Notes on vaccination in the North-West Frontier Province 1923-1928 - 1923-1928
Year: 1923
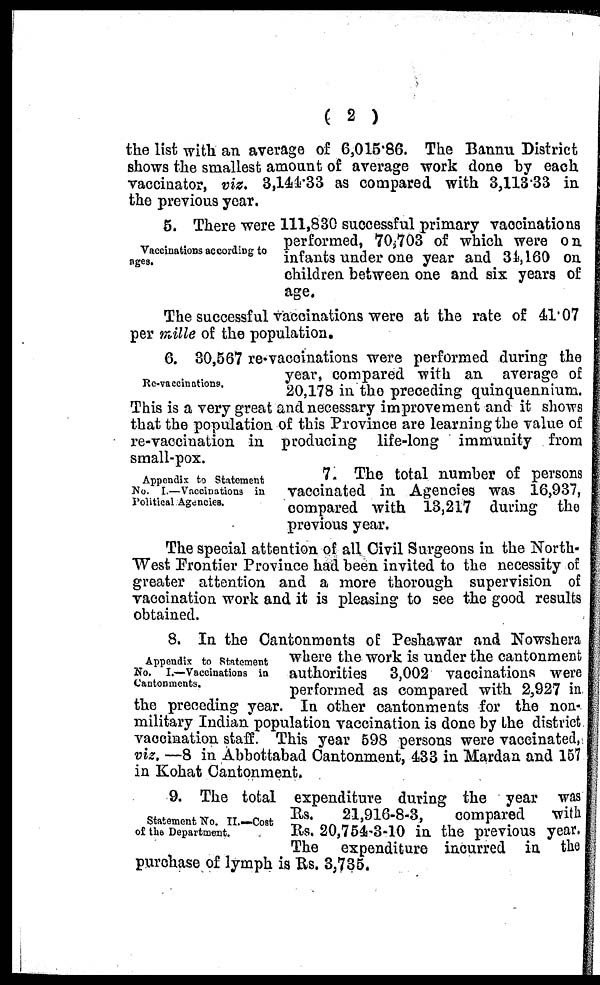
( 2 )
the list with an average of 6,015.86. The Bannu District
shows the smallest amount of average work done by each
vaccinator, viz. 3,144.33 as compared with 3,113.33 in
the previous year.
Vaccinations according to
ages.
5. There were 111,830 successful primary vaccinations
performed, 70,703 of which were on
infants under one year and 34,160 on
children between one and six years of
age.
The successful vaccinations were at the rate of 41.07
per mille of the population.
Re-vaccinations.
6. 30,567 re-vaccinations were performed during the
year, compared with an average of
20,178 in the preceding quinquennium.
This is a very great and necessary improvement and it shows
that the population of this Province are learning the value of
re-vaccination in producing life-long immunity from
small-pox.
Appendix to Statement
No. I.—Vaccinations in
Political Agencies.
7 The total number of persons
vaccinated in Agencies was 16,937,
compared with 13,217 during the
previous year.
The special attention of all Civil Surgeons in the North-
West Frontier Province had been invited to the necessity of
greater attention and a more thorough supervision of
vaccination work and it is pleasing to see the good results
obtained.
Appendix to Statement
No. I.—Vaccinations in
Cantonments.
8. In the Cantonments of Peshawar and Nowshera
where the work is under the cantonment
authorities 3,002 vaccinations were
performed as compared with 2,927 in
the preceding year. In other cantonments for the non-
military Indian population vaccination is done by the district
vaccination staff. This year 598 persons were vaccinated,
viz. —8 in Abbottabad Cantonment, 433 in Mardan and 157
in Kohat Cantonment.
Statement No. II.—Cost
of the Department.
9. The total expenditure during the year was
Rs.
21,916-8-3,
compared
with
Rs. 20,754-3-10 in the previous year.
The expenditure incurred in the
purchase of lymph is Rs. 3,735.